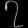
Digit: ၇